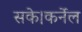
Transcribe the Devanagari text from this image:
सके।कर्नेल